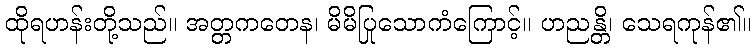
ထိုရဟန်းတို့သည်။ အတ္တကတေန၊ မိမိပြုသောကံကြောင့်။ ဟညန္တိ၊ သေရကုန်၏။